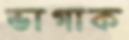
ভাগাক